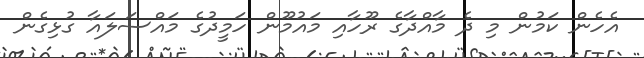
އެހެން ކަމުން މި ދެ މާއްދާގެ ރޫހާއި މައުމޫން ހަމީދުގެ މައްސަލައާ ގުޅިގެން